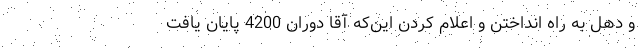
و دهل به راه انداختن و اعلام کردن این‌که آقا دوران 4200 پایان یافت